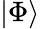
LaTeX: \left|\Phi\right\rangle